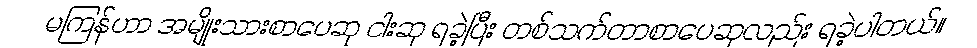
မကြန်ဟာ အမျိုးသားစာပေဆု ငါးဆု ရခဲ့ပြီး တစ်သက်တာစာပေဆုလည်း ရခဲ့ပါတယ်။